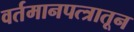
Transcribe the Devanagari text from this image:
वर्तमानपत्त्रातून